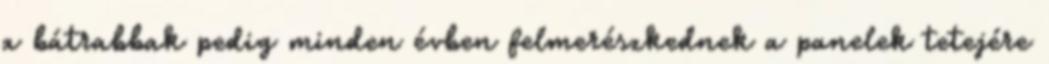
a bátrabbak pedig minden évben felmerészkednek a panelek tetejére